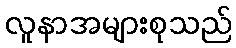
လူနာအများစုသည်